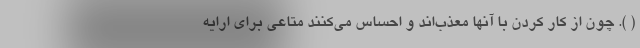
( ). چون از کار کردن با آنها معذب‌اند و احساس می‌کنند متاعی برای ارایه